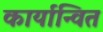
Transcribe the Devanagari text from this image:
कार्यान्‍वित